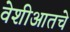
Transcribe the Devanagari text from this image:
वेशीआतचे